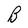
Character: B